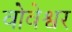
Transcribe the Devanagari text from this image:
वोवेश्वर